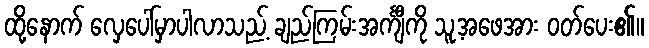
ထို့နောက် လှေပေါ်မှာပါလာသည့် ချည်ကြမ်းအင်္ကျီကို သူ့အဖေအား ဝတ်ပေး၏။